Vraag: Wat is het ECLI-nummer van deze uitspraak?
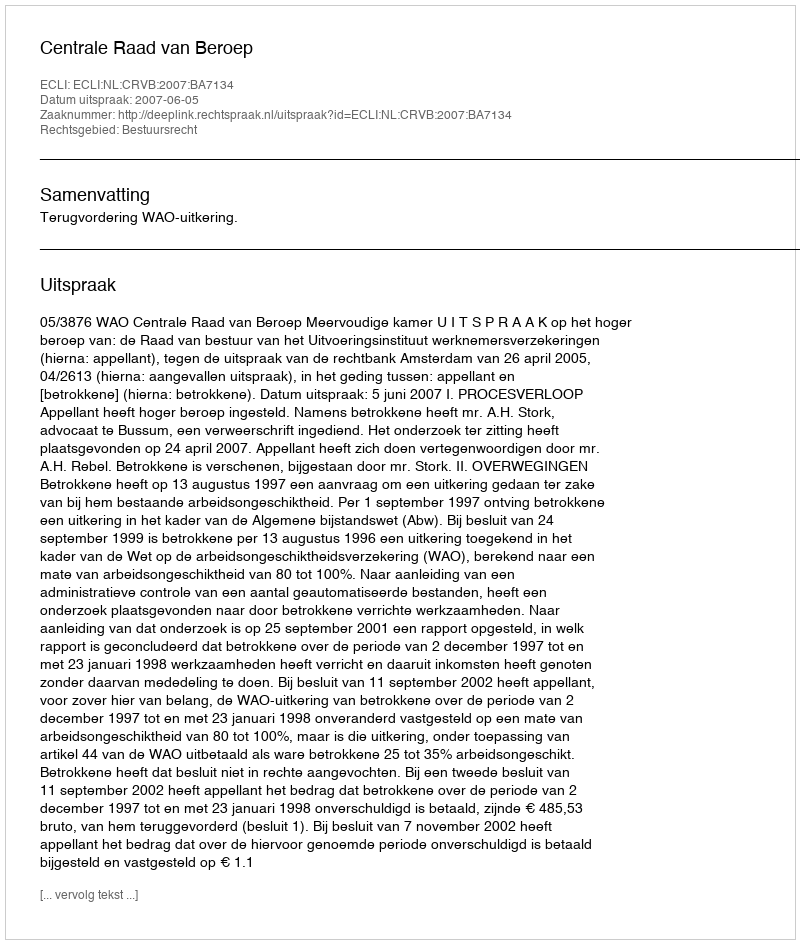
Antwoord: ECLI:NL:CRVB:2007:BA7134